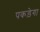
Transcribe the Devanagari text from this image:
पकड़ेगा